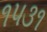
૧૫૩૧